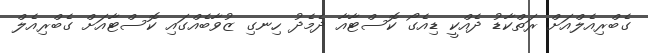
ގެބްރިއެލްއަށް ރަތްކާޑު ދެއްކީ ޑިއެގޯ ކޮސްޓާއާ ދެމެދު ހިނގި ޒުވާބެއްގައި ކޮސްޓާއަށް ގެބްރިއެލް